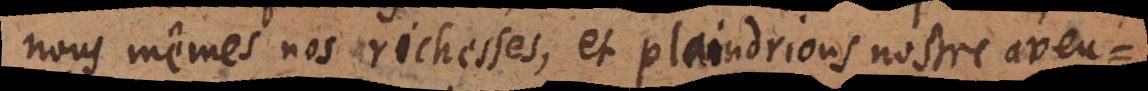
nous mêmes nos richesses, et plaindrions nostre aveug